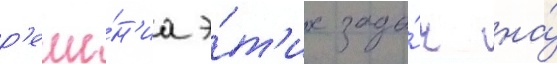
р'еше́н'иа э́т'их зада́ч на́